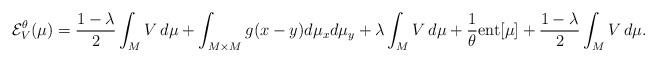
LaTeX: \begin{align*} \mathcal{E}_{V}^{\theta} (\mu) = \frac{1-\lambda}{2} \int_{M} V \, d\mu + \int_{M \times M} g(x-y) d \mu_{x} d \mu_{y} + \lambda \int_{M} V \, d\mu + \frac{1}{ \theta} {\rm ent}[\mu] +\frac{1- \lambda}{2} \int_{M} V \, d\mu. \end{align*}